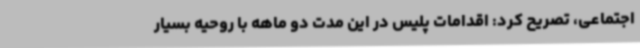
اجتماعی، تصریح کرد: اقدامات پلیس در این مدت دو ماهه با روحیه بسیار